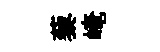
藜崦